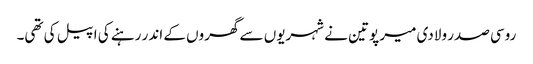
روسی صدر ولادی میر پوتین نے شہریوں سے گھروں کے اندر رہنے کی اپیل کی تھی۔